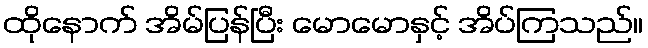
ထိုနောက် အိမ်ပြန်ပြီး မောမောနှင့် အိပ်ကြသည်။